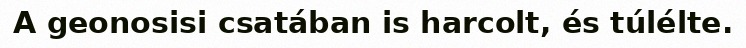
A geonosisi csatában is harcolt, és túlélte.